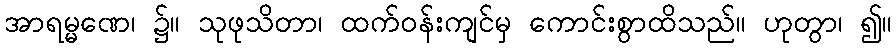
အာရမ္မဏေ၊ ၌။ သုဖုသိတာ၊ ထက်ဝန်းကျင်မှ ကောင်းစွာထိသည်။ ဟုတွာ၊ ၍။